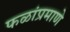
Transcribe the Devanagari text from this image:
फळांप्रमाणे